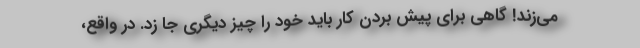
می‌زند! گاهی برای پیش بردن کار باید خود را چیز دیگری جا زد. در واقع،